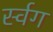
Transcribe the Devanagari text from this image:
र्स्वग